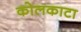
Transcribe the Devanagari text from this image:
कोलकाटा